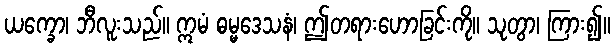
ယက္ခော၊ ဘီလူးသည်။ ဣမံ ဓမ္မဒေသနံ၊ ဤတရားဟောခြင်းကို။ သုတွာ၊ ကြား၍။